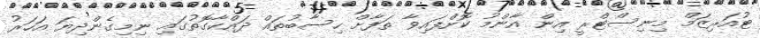
ޓުއަރިޒަމް މިނިސްޓްރީ އިން އާންމު ކޮށްފައިވާ ތަފާށް ހިސާބުތައް ދައްކާގޮތުގައި ނިމިގެންދިޔަ އަހަރު